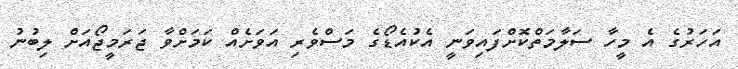
އަހަރުގެ އެ މީހާ ސަލާމަތްކޮށްފައިވަނީ އެކުއެޑޯގެ މަސްވެރި އަވަށެއް ކަމަށްވާ ޖަރަމީޖޯއަށް ލިބުނު